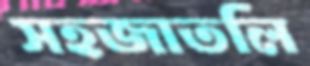
সহজাতলি